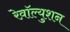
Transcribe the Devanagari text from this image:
रेव़ाॅल्युशन